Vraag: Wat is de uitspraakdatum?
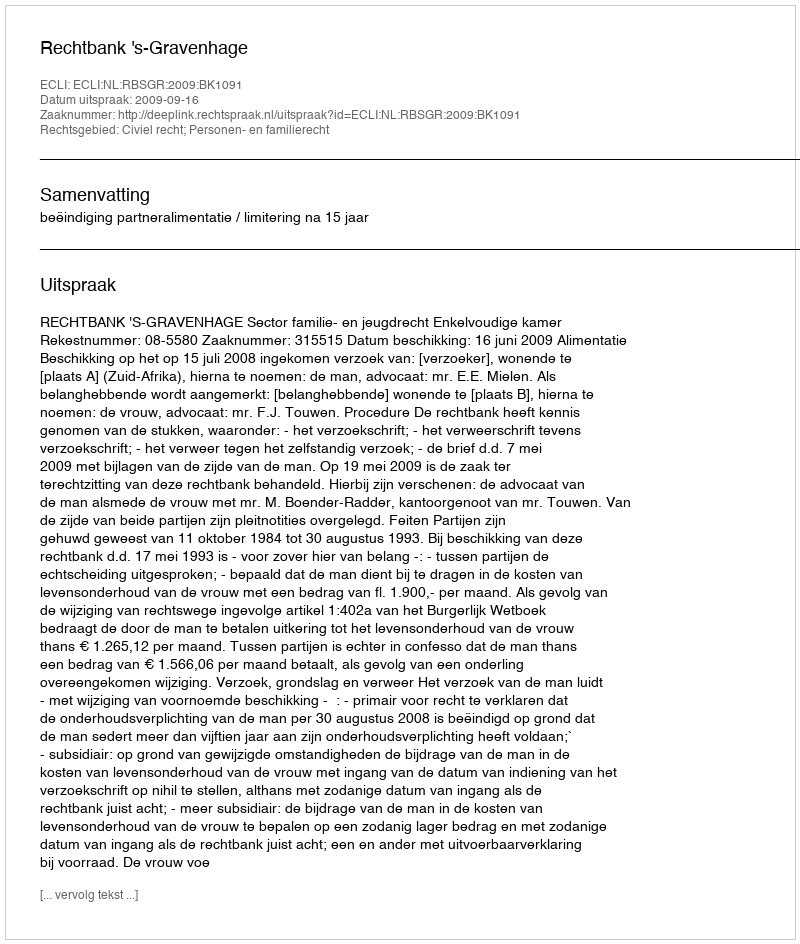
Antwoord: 2009-09-16